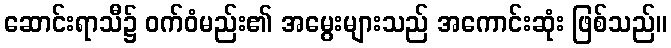
ဆောင်းရာသီ၌ ဝက်ဝံမည်း၏ အမွေးများသည် အကောင်းဆုံး ဖြစ်သည်။